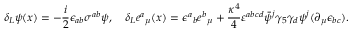
\delta _ { L } \psi ( x ) = - { \frac { i } { 2 } } \epsilon _ { a b } \sigma ^ { a b } \psi , \quad \delta _ { L } { e ^ { a } } _ { \mu } ( x ) = \epsilon { ^ a } _ { b } e { ^ b } _ { \mu } + { \frac { \kappa ^ { 4 } } { 4 } } \varepsilon ^ { a b c d } \bar { \psi } { ^ j } \gamma _ { 5 } \gamma _ { d } \psi { ^ j } ( \partial _ { \mu } \epsilon _ { b c } ) .